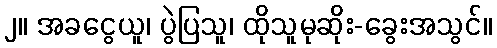
၂။ အခငွေယူ၊ ပွဲပြသူ၊ ထိုသူမုဆိုး-ခွေးအသွင်။